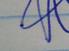
Signature authenticity: genuine